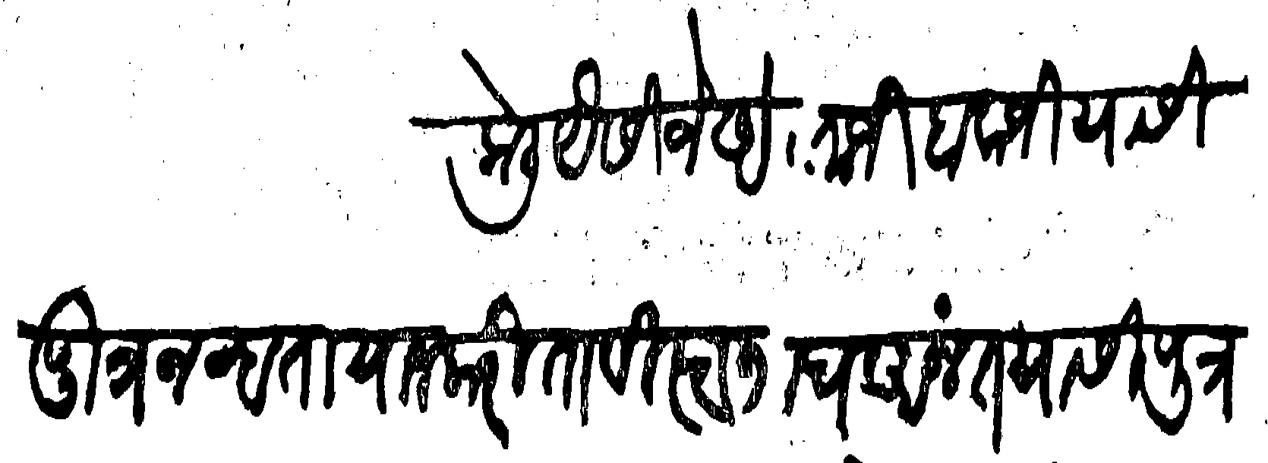
Transliteration (Devanagari):  केली पैसीजे अंताजी बावाजी यासी पुत्र नव्हता याजकरीता विस्वनाथ अनंत यासी पुत्र